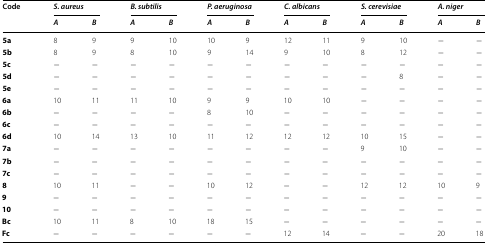
<table><thead><tr><td rowspan="2"><b>Code</b></td><td colspan="2"><b><i>S. aureus</i></b></td><td colspan="2"><b><i>B. subtilis</i></b></td><td colspan="2"><b><i>P. aeruginosa</i></b></td><td colspan="2"><b><i>C. albicans</i></b></td><td colspan="2"><b><i>S. cerevisiae</i></b></td><td colspan="2"><b><i>A. niger</i></b></td></tr><tr><td><b><i>A</i></b></td><td><b><i>B</i></b></td><td><b><i>A</i></b></td><td><b><i>B</i></b></td><td><b><i>A</i></b></td><td><b><i>B</i></b></td><td><b><i>A</i></b></td><td><b><i>B</i></b></td><td><b><i>A</i></b></td><td><b><i>B</i></b></td><td><b><i>A</i></b></td><td><b><i>B</i></b></td></tr></thead><tbody><tr><td><b>5a</b></td><td>8</td><td>9</td><td>9</td><td>10</td><td>10</td><td>9</td><td>12</td><td>11</td><td>9</td><td>10</td><td>−</td><td>−</td></tr><tr><td><b>5b</b></td><td>8</td><td>9</td><td>8</td><td>10</td><td>9</td><td>14</td><td>9</td><td>10</td><td>8</td><td>12</td><td>−</td><td>−</td></tr><tr><td><b>5c</b></td><td>−</td><td>−</td><td>−</td><td>−</td><td>−</td><td>−</td><td>−</td><td>−</td><td>−</td><td>−</td><td>−</td><td>−</td></tr><tr><td><b>5d</b></td><td>−</td><td>−</td><td>−</td><td>−</td><td>−</td><td>−</td><td>−</td><td>−</td><td>−</td><td>8</td><td>−</td><td>−</td></tr><tr><td><b>5e</b></td><td>−</td><td>−</td><td>−</td><td>−</td><td>−</td><td>−</td><td>−</td><td>−</td><td>−</td><td>−</td><td>−</td><td>−</td></tr><tr><td><b>6a</b></td><td>10</td><td>11</td><td>11</td><td>10</td><td>9</td><td>9</td><td>10</td><td>10</td><td>−</td><td>−</td><td>−</td><td>−</td></tr><tr><td><b>6b</b></td><td>−</td><td>−</td><td>−</td><td>−</td><td>8</td><td>10</td><td>−</td><td>−</td><td>−</td><td>−</td><td>−</td><td>−</td></tr><tr><td><b>6c</b></td><td>−</td><td>−</td><td>−</td><td>−</td><td>−</td><td>−</td><td>−</td><td>−</td><td>−</td><td>−</td><td>−</td><td>−</td></tr><tr><td><b>6d</b></td><td>10</td><td>14</td><td>13</td><td>10</td><td>11</td><td>12</td><td>12</td><td>12</td><td>10</td><td>15</td><td>−</td><td>−</td></tr><tr><td><b>7a</b></td><td>−</td><td>−</td><td>−</td><td>−</td><td>−</td><td>−</td><td>−</td><td>−</td><td>9</td><td>10</td><td>−</td><td>−</td></tr><tr><td><b>7b</b></td><td>−</td><td>−</td><td>−</td><td>−</td><td>−</td><td>−</td><td>−</td><td>−</td><td>−</td><td>−</td><td>−</td><td>−</td></tr><tr><td><b>7c</b></td><td>−</td><td>−</td><td>−</td><td>−</td><td>−</td><td>−</td><td>−</td><td>−</td><td>−</td><td>−</td><td>−</td><td>−</td></tr><tr><td><b>8</b></td><td>10</td><td>11</td><td>−</td><td>−</td><td>10</td><td>12</td><td>−</td><td>−</td><td>12</td><td>12</td><td>10</td><td>9</td></tr><tr><td><b>9</b></td><td>−</td><td>−</td><td>−</td><td>−</td><td>−</td><td>−</td><td>−</td><td>−</td><td>−</td><td>−</td><td>−</td><td>−</td></tr><tr><td><b>10</b></td><td>−</td><td>−</td><td>−</td><td>−</td><td>−</td><td>−</td><td>−</td><td>−</td><td>−</td><td>−</td><td>−</td><td>−</td></tr><tr><td><b>Bc</b></td><td>10</td><td>11</td><td>8</td><td>10</td><td>18</td><td>15</td><td>−</td><td>−</td><td>−</td><td>−</td><td>−</td><td>−</td></tr><tr><td><b>Fc</b></td><td>−</td><td>−</td><td>−</td><td>−</td><td>−</td><td>−</td><td>12</td><td>14</td><td>−</td><td>−</td><td>20</td><td>18</td></tr></tbody></table>